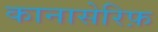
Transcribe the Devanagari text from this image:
कानासेरिफ़